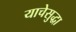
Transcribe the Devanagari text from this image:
याचेसुद्धा